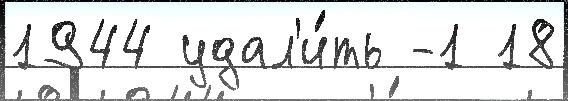
1944 удал'и́ть -1 18